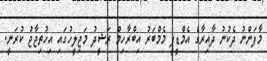
މާފަންނު ދެކުނު ދާއިރާގެ އެމްޑީޕީ މެމްބަރު އިބްރާހިމް ރަޝީދު މަޖިލީހުގައި އިހުތިޖާޖު ކުރަނީ.